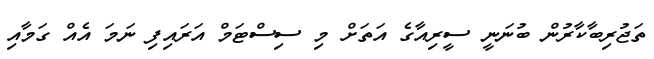
ތަޖުރިބާކާރުން ބުނަނީ ސީރިއާގެ އަތަށް މި ސިސްޓަމް އަރައިފި ނަމަ އެއް ގަމާއި